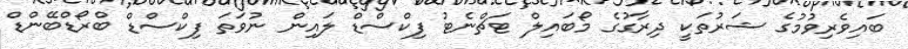
ބައިވެރިވުމުގެ ޝަރުތަކީ ދިރާގުގެ މޯބައިލް ޓަޗްނެޓު ފިކްސްޑް ލައިން ނުވަތަ ފިކްސްޑް ބްރޯޑްބޭންޑް